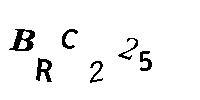
BRC225